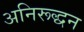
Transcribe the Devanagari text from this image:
अनिरूद्धन